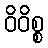
ဝိဝိစ္စ